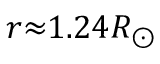
r { \approx } 1 . 2 4 R _ { \odot }